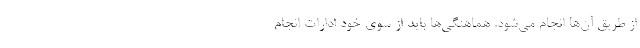
از طریق آن‌ها انجام می‌شود. هماهنگی‌ها باید از سوی خود ادارات انجام